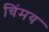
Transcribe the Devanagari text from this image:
चिंमय